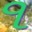
૧